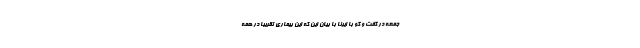
جمعه در گفت و گو با ایرنا با بیان این که این بیماری تقریبا در همه